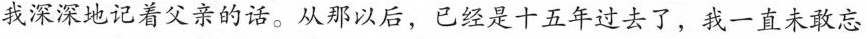
我深深地记着父亲的话。从那以后，45经是十五年过去了，我一直未敢忘